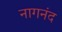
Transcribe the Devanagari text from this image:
नागनंद